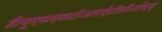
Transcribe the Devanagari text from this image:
हैं।यूएसएसटीआरऐटीसीओएम्